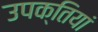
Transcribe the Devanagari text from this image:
उपक्तियां